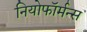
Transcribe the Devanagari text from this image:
नियोफॉर्मन्स